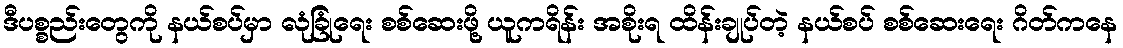
ဒီပစ္စည်းတွေကို နယ်စပ်မှာ လုံခြုံရေး စစ်ဆေးဖို့ ယူကရိန်း အစိုးရ ထိန်းချုပ်တဲ့ နယ်စပ် စစ်ဆေးရေး ဂိတ်ကနေ